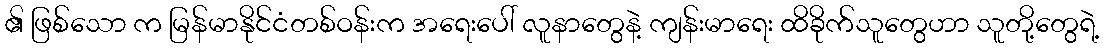
၏ ဖြစ်သော က မြန်မာနိုင်ငံတစ်ဝန်းက အရေးပေါ် လူနာတွေနဲ့ ကျန်းမာရေး ထိခိုက်သူတွေဟာ သူတို့တွေရဲ့